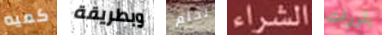
كميه وبطريقة نحلم الشراء بلورات